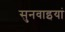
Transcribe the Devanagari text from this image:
सुनवाइयां